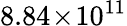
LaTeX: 8.84\! \times\! 10^{11}